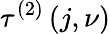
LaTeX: \tau^{\left(2\right)}\left(j,\nu\right)